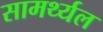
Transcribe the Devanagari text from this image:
सामर्थ्यल